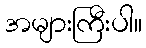
အများကြီးပါ။